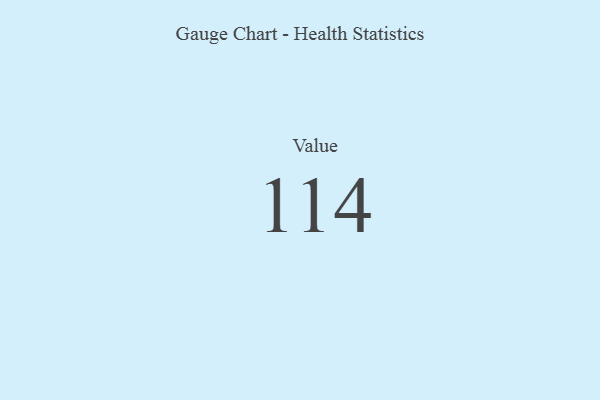
{"axis": {"x": "Metric", "y": "Value"}, "legend": [""], "data": [{"x": "Value", "y": 114, "type": ""}]}